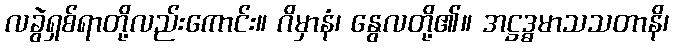
လခွဲရှစ်ရာတို့လည်းကောင်း။ ဂိမှာနံ၊ နွေလတို့၏။ အဋ္ဌဒ္ဓမာသသတာနိ၊